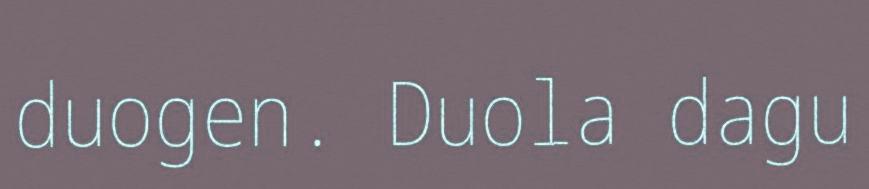
duogen. Duola dagu